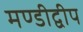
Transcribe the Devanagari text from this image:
मण्डीद्वीप